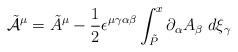
LaTeX: \begin{align*}\tilde{{\cal A}}^{\mu} =\tilde{A}^{\mu} - \frac{1}{2} \epsilon^{\mu \gamma \alpha \beta} \int_{\tilde{P}}^x \partial_{\alpha}A_{\beta} \; d\xi_{\gamma}\end{align*}